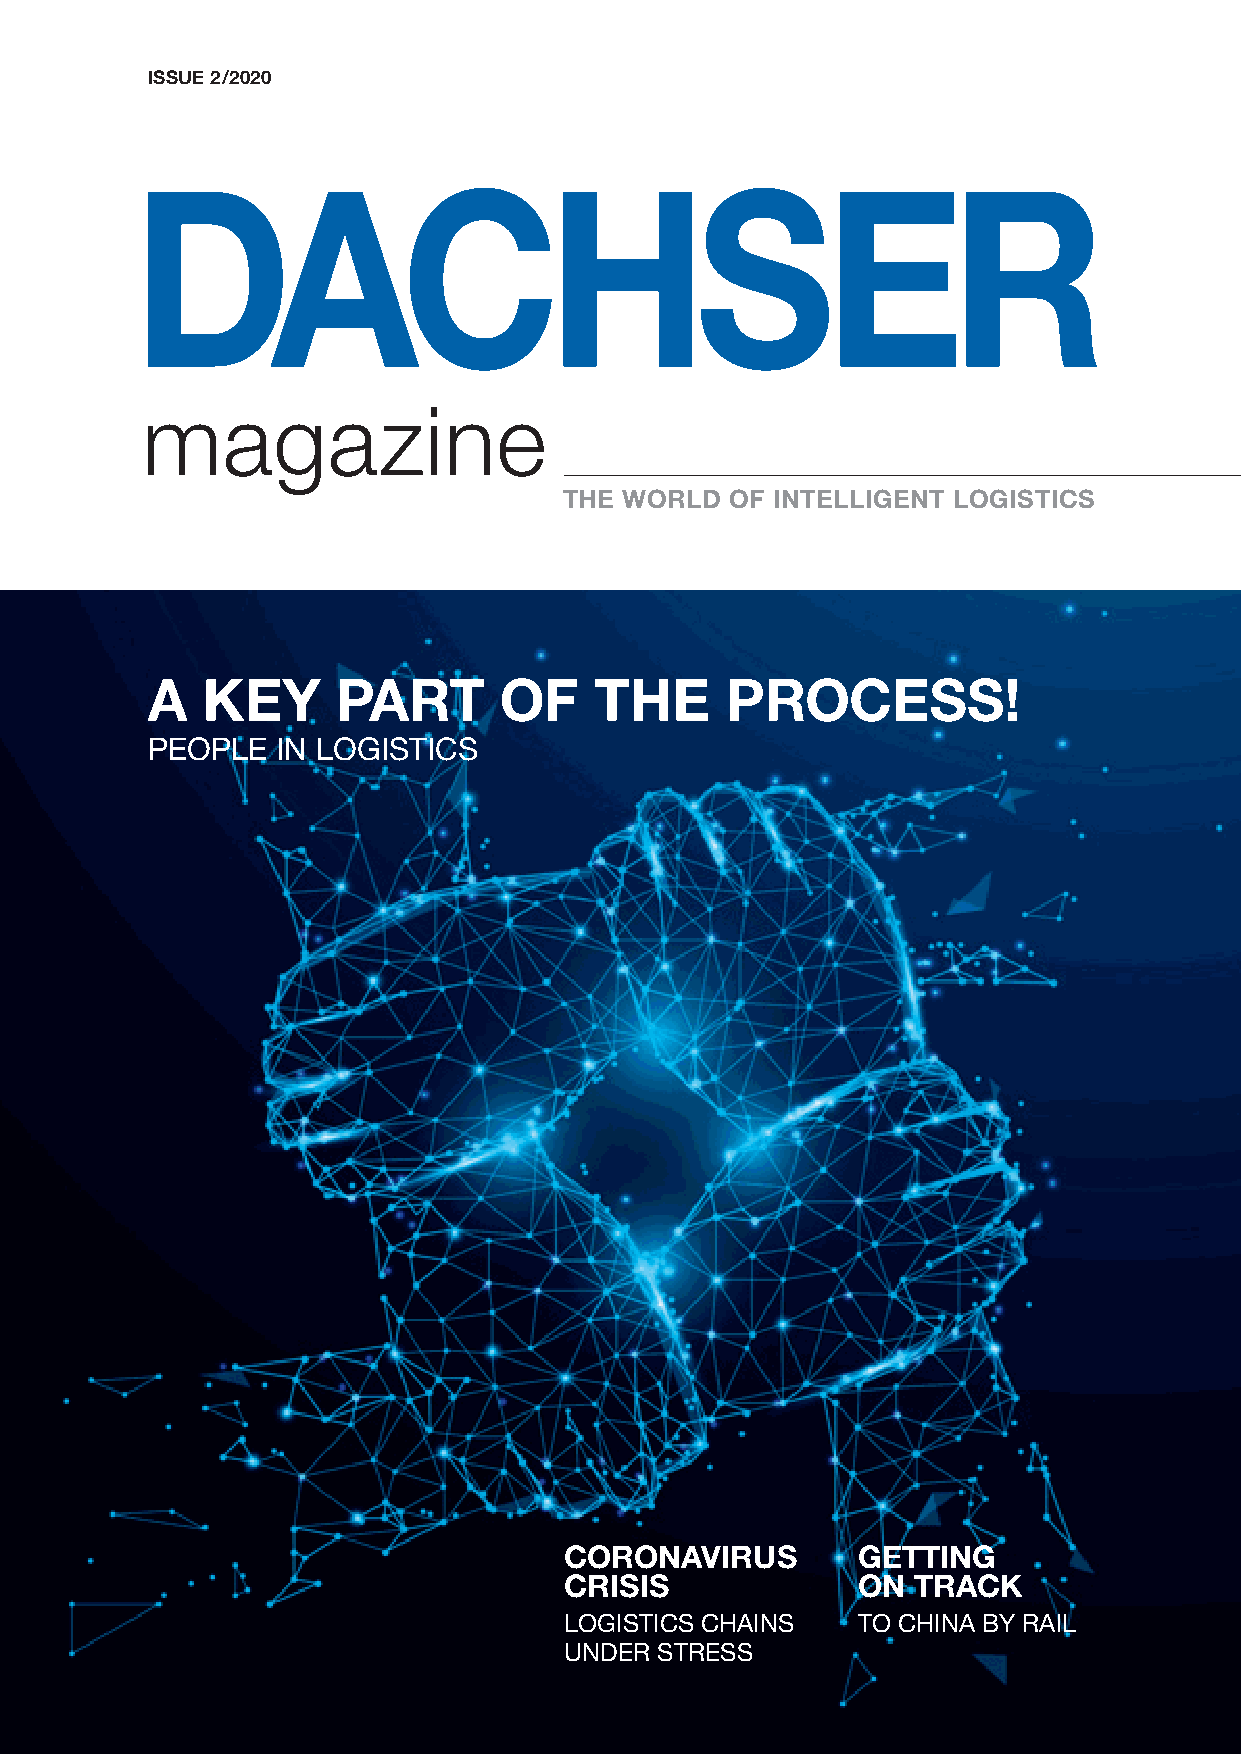
ISSUE2/2020
 magazine
 THE WORLD  OF INTELLIGENT LOGISTICS
 A  KEY      PART       OF    THE      PROCESS!
 PEOPLE  IN LOGISTICS
 CORONAVIRUS         GETTING
 CRISIS              ON TRACK
 LOGISTICS CHAINS    TO CHINA BY RAIL
 UNDER STRESS